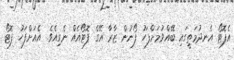
އެފޮޓޯ އެނދުމަތީގައި ބޭއްވުމަށްފަހު ފޯނުން ޒާރާ އޭގެ ފޮޓޯއެއް ނެގިއެވެ. އެއަށްފަހު ފޮޓޯ